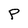
Character: P